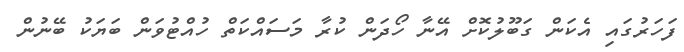
ފަހަރުގައި އެކަން ގަބޫލުކޮށް އޭނާ ހޯދަން ކުރާ މަސައްކަތް ހުއްޓުވަން ބަޔަކު ބޭނުން